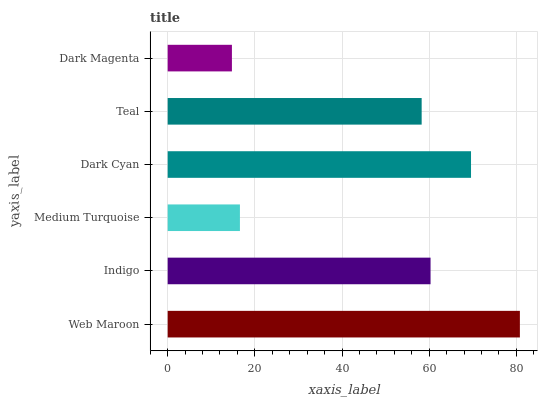
| yaxis_label | bars |
 | --- | --- |
 | Web Maroon | 80.8 |
 | Indigo | 60.3 |
 | Medium Turquoise | 16.6 |
 | Dark Cyan | 69.6 |
 | Teal | 58.3 |
 | Dark Magenta | 14.7 |